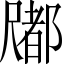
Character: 𡳤